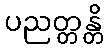
ပညတ္တန္တိ